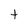
Character: t